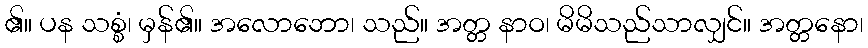
၏။ ပန သစ္စံ၊ မှန်၏။ အလောဘော၊ သည်။ အတ္တ နာဝ၊ မိမိသည်သာလျှင်။ အတ္တနော၊